system: You are a helpful assistant.
user:
Analyze the provided spectrum to determine if it is a **White Dwarf (WD)**.

A White Dwarf spectrum is defined by its **extreme purity** (due to gravitational settling) and/or **extreme pressure broadening** (due to high surface gravity). You must check for one of the following mutually exclusive signatures:

- **Key Visual Indicators (Check for ONE of these types):**

    - **1. DA-Type Signature (Most Common):**
        - **(Primary Feature):** Extreme pressure broadening (Stark broadening) of the **Hydrogen (H) Balmer lines**.
        - **(Key Lines):** $H\beta$ (approx. $4861$ Å) and $H\gamma$ (approx. $4340$ Å). $H\alpha$ (approx. $6563$ Å) will also be present if the wavelength range covers it.
        - **(Line Profile):** This is the **defining feature**. The lines are **NOT** sharp. They appear as massive, **extremely broad and deep "troughs" or "dips"** in the spectrum, often hundreds of Ångströms wide. The continuum will appear to "scoop" down at these wavelengths.
        - **(Distinction):** Normal A-type or B-type stars have *narrow* and *sharp* Hydrogen lines. A DA White Dwarf's lines are unmistakably "smeared" or "blurry" from pressure.

    - **2. DB-Type Signature:**
        - **(Primary Feature):** Broad absorption lines from **Neutral Helium (He I)**. The spectrum must lack any visible Hydrogen lines.
        - **(Key Lines):** Look for broad absorption near $4471$ Å, $4921$ Å, and $5876$ Å.
        - **(Line Profile):** These lines are also significantly pressure-broadened, appearing much wider than they would in a normal B-type main-sequence star.

    - **3. DC-Type Signature:**
        - **(Primary Feature):** A **featureless continuous spectrum**.
        - **(Line Profile):** The spectrum is a smooth curve with **no significant absorption or emission lines**.
        - **(Key Confirmation):** The continuum is almost always **blue or white**, indicating a hot object. This signature implies the atmosphere is so pure (or so cool) that no spectral lines are visible in the optical range. Its WD identity is confirmed by its extremely low intrinsic brightness (high absolute magnitude).

    - **4. DZ-Type Signature (Metal-Polluted):**
        - **(Primary Feature):** **Isolated, narrow metal absorption lines** on an otherwise featureless (DC-like) continuum.
        - **(Key Lines):** The **Calcium (Ca II) H & K doublet** (approx. **$3934$ Å** and **$3968$ Å**) is the most common and defining feature.
        - **(Line Profile):** These lines are "out of place." They are *not* part of a "forest" of thousands of lines. This signature is evidence of recent *accretion* (pollution) from rocky debris.
        - **(Distinction):** Normal G/K/M stars have a *dense forest* of thousands of metal lines. A DZ has a *clean* continuum with *only a few* strong metal lines.

    - **5. DQ-Type Signature (Carbon-Polluted):**
        - **(Primary Feature):** Absorption bands from **Carbon (C₂ "Swan Bands" or atomic C I)**.
        - **(Key Lines - C₂):** Look for bandheads with a "saw-tooth" shape near $5635$ Å, **$5165$ Å** (strongest), and $4737$ Å.
        - **(Key Confirmation):** The underlying **continuum must be blue or white** (hot).
        - **(Distinction):** This is the critical difference from a **Carbon Star**, which has the *exact same* C₂ bands but on an extremely **red, cool** continuum.

- **(Overall Spectrum):**
    - The continuum (overall shape) is typically **blue-sloping** (brighter in the blue than the red), as most white dwarfs are very hot.
    - The spectrum will look "pure" or "simple," dominated by only *one* of the five signatures listed above.

Think first, call **spectral_visualization_tool** if needed to examine features in detail, then provide your final answer. Your response must adhere to the following strict rules:
1.  **Overall Structure:** Your response must follow the format `<think>...</think> <tool_call>...</tool_call> (if a tool is used) <answer>...</answer>`.
2.  **Tool Usage Constraint:** You may only make **one** tool call per turn.
3.  **Final Answer Format:** In the `<answer>` tag, your conclusion must be inside a `\boxed{}` command (e.g., `\boxed{YES}` or `\boxed{NO}`), followed by your justification.

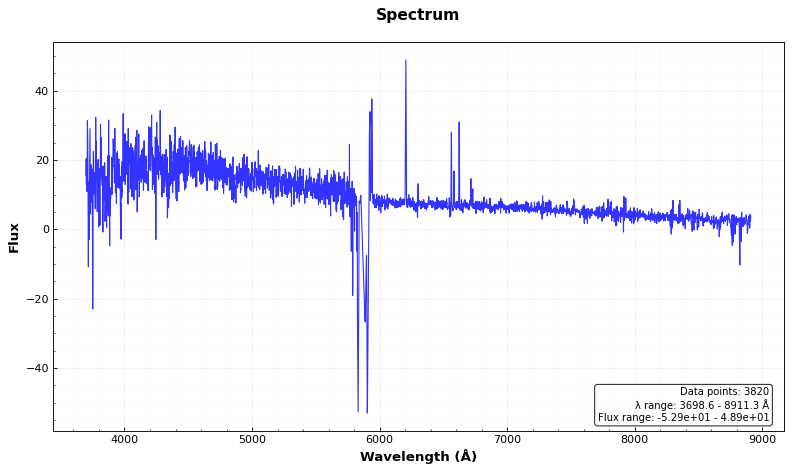
Answer: NO